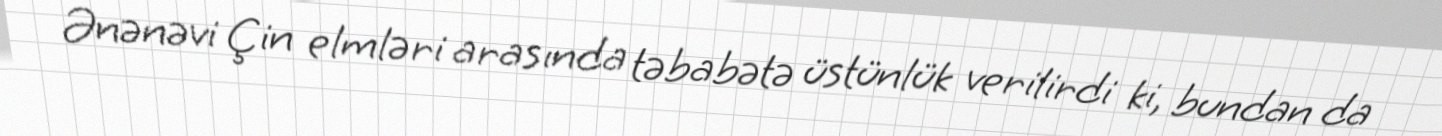
Ənənəvi Çin elmləri arasında təbabətə üstünlük verilirdi ki, bundan da